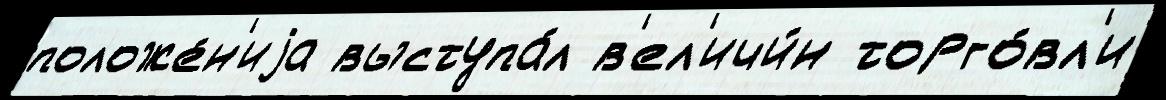
положе́н'иjа выступа́л в'ел'ичи́н торго́вл'и